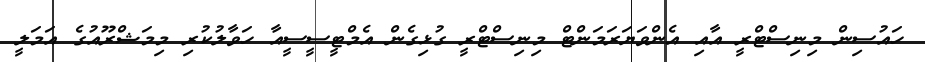
ހައުސިން މިނިސްޓްރީ އާއި އެންވަޔަރަމަންޓް މިނިސްޓްރީ ގުޅިގެން އެމްޓީސީސީއާ ހަވާލުކުރި މިމަޝްރޫއުގެ އަމަލީ